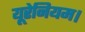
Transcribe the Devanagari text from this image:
यूरेनियम।